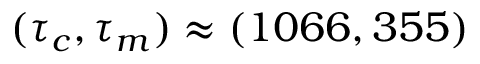
( \tau _ { c } , \tau _ { m } ) \approx ( 1 0 6 6 , 3 5 5 )